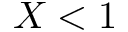
X < 1